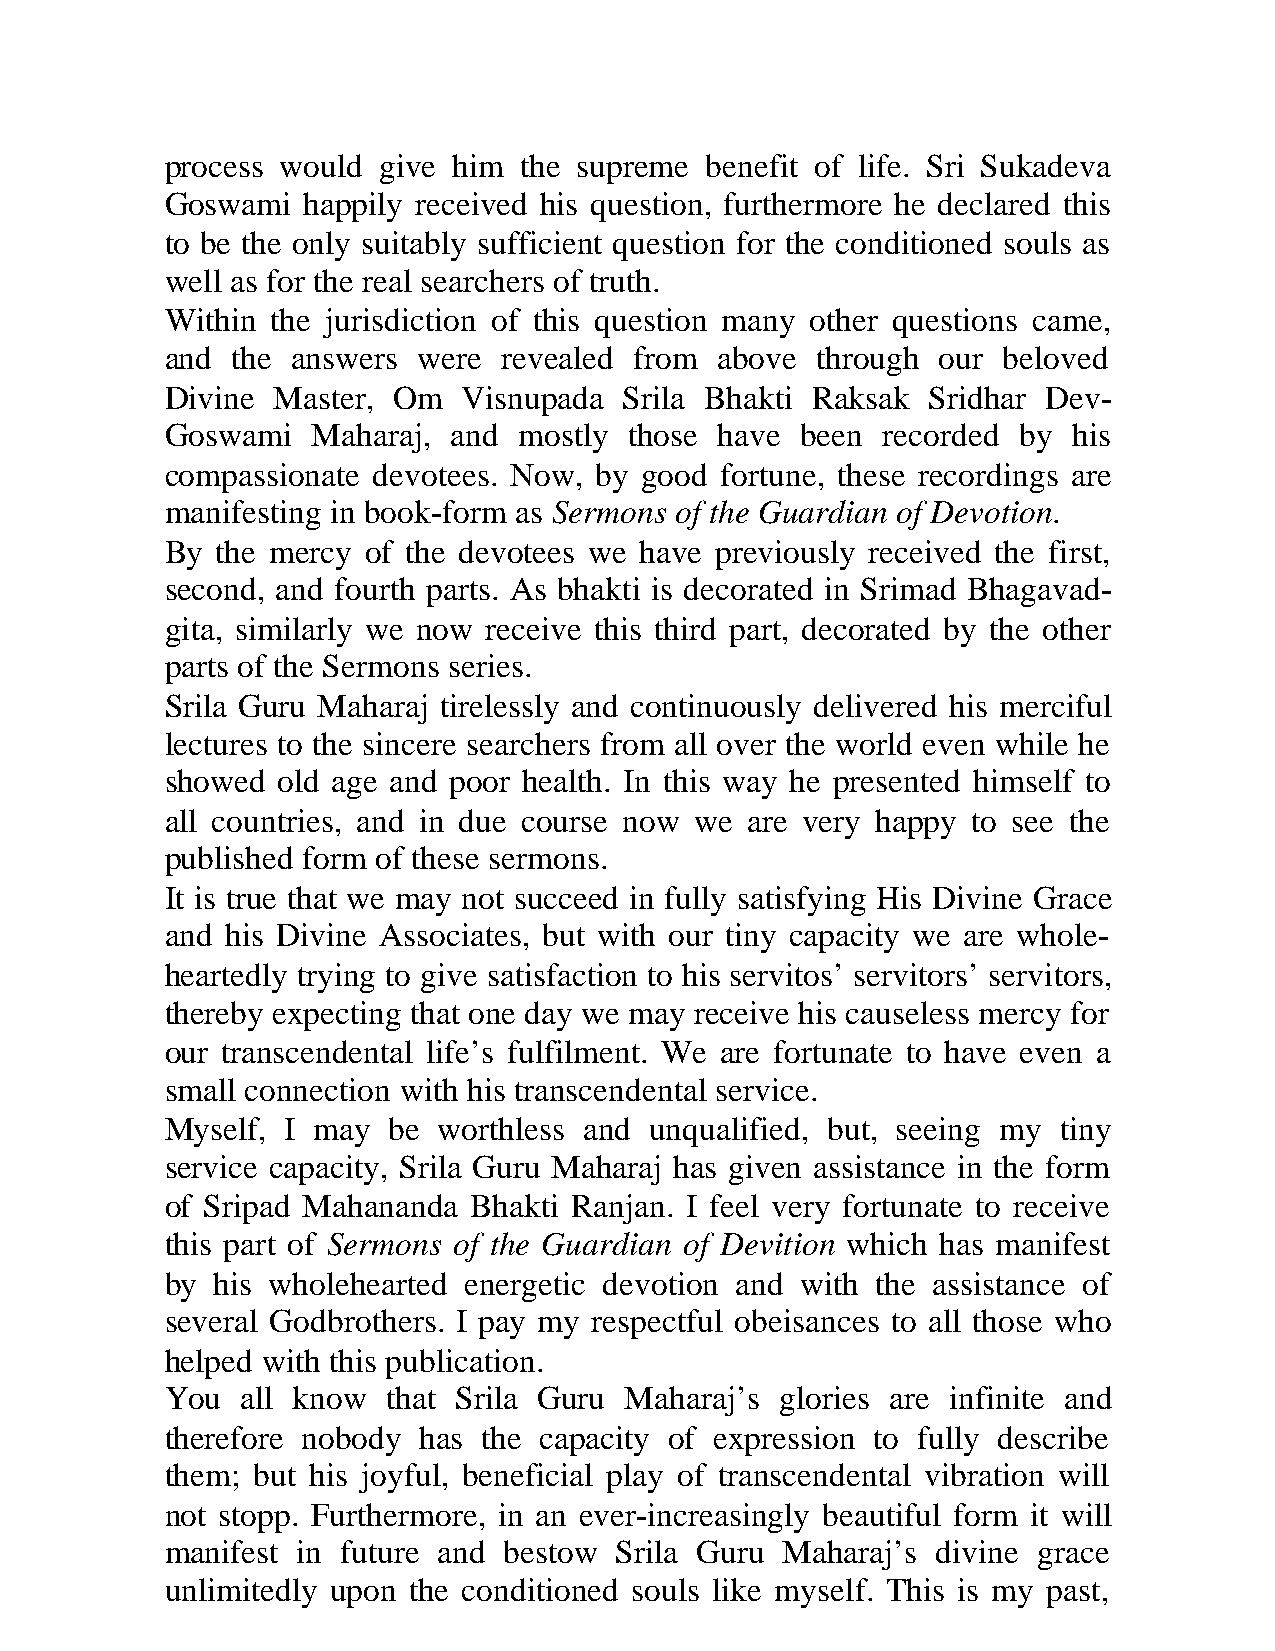
process would give him the supreme  benefit of life. Sri Sukadeva
 Goswami  happily received his question, furthermore he declared this
 to be the only suitably sufficient question for the conditioned souls as
 well as for the real searchers of truth.
 Within the jurisdiction of this question many other questions came,
 and the answers  were revealed from  above through our beloved
 Divine Master, Om   Visnupada Srila Bhakti Raksak  Sridhar Dev-
 Goswami   Maharaj, and mostly  those have been recorded by  his
 compassionate devotees. Now, by good fortune, these recordings are
 manifesting in book-form as Sermons of the Guardian of Devotion.
 By the mercy of the devotees we have previously received the first,
 second, and fourth parts. As bhakti is decorated in Srimad Bhagavad-
 gita, similarly we now receive this third part, decorated by the other
 parts of the Sermons series.
 Srila Guru Maharaj tirelessly and continuously delivered his merciful
 lectures to the sincere searchers from all over the world even while he
 showed old age and poor health. In this way he presented himself to
 all countries, and in due course now we are very happy to see the
 published form of these sermons.
 It is true that we may not succeed in fully satisfying His Divine Grace
 and his Divine Associates, but with our tiny capacity we are whole-
 heartedly trying to give satisfaction to his servitos’ servitors’ servitors,
 thereby expecting that one day we may receive his causeless mercy for
 our transcendental life’s fulfilment. We are fortunate to have even a
 small connection with his transcendental service.
 Myself, I may  be worthless and unqualified, but, seeing my tiny
 service capacity, Srila Guru Maharaj has given assistance in the form
 of Sripad Mahananda Bhakti Ranjan. I feel very fortunate to receive
 this part of Sermons of the Guardian of Devition which has manifest
 by his wholehearted energetic devotion and with the assistance of
 several Godbrothers. I pay my respectful obeisances to all those who
 helped with this publication.
 You  all know  that Srila Guru Maharaj’s glories are infinite and
 therefore nobody has the capacity of expression to fully describe
 them; but his joyful, beneficial play of transcendental vibration will
 not stopp. Furthermore, in an ever-increasingly beautiful form it will
 manifest in future and bestow Srila Guru Maharaj’s divine grace
 unlimitedly upon the conditioned souls like myself. This is my past,